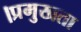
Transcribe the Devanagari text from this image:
।प्रमुखता